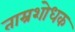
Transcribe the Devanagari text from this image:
ताम्रशोधक